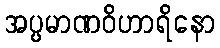
အပ္ပမာဏဝိဟာရိနော